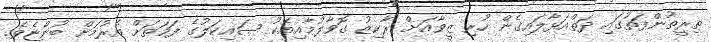
ތިރީތުންފަތުގައި ދަތްއަޅާލައިގެން ހުރި ޒީވާއަށް ރާކިޒު ގޮވާލުމާއިއެކު ސައިކަލުގެ ފަހަތަށް އެރުމަށް ބުންޏެވެ.